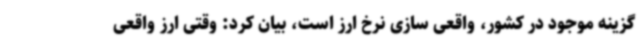
گزینه موجود در کشور، واقعی سازی نرخ ارز است، بیان کرد: وقتی ارز واقعی